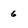
Character: 6